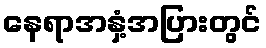
နေရာအနှံ့အပြားတွင်